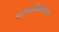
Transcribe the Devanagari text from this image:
पाणकोंबड्यांच्या